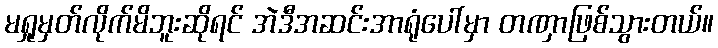
မရှုမှတ်လိုက်မိဘူးဆိုရင် အဲဒီအဆင်းအာရုံပေါ်မှာ တဏှာဖြစ်သွားတယ်။